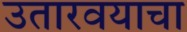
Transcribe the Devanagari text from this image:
उतारवयाचा